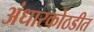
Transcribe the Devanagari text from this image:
अंधारकोठडीत